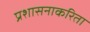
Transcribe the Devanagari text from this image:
प्रशासनाकरिता